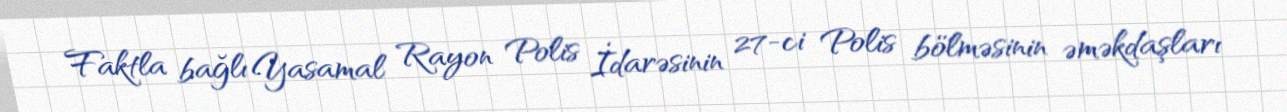
Faktla bağlı Yasamal Rayon Polis İdarəsinin 27-ci Polis bölməsinin əməkdaşları